Report on vaccination in the Province of Bengal - 1869-1873
Year: 1869
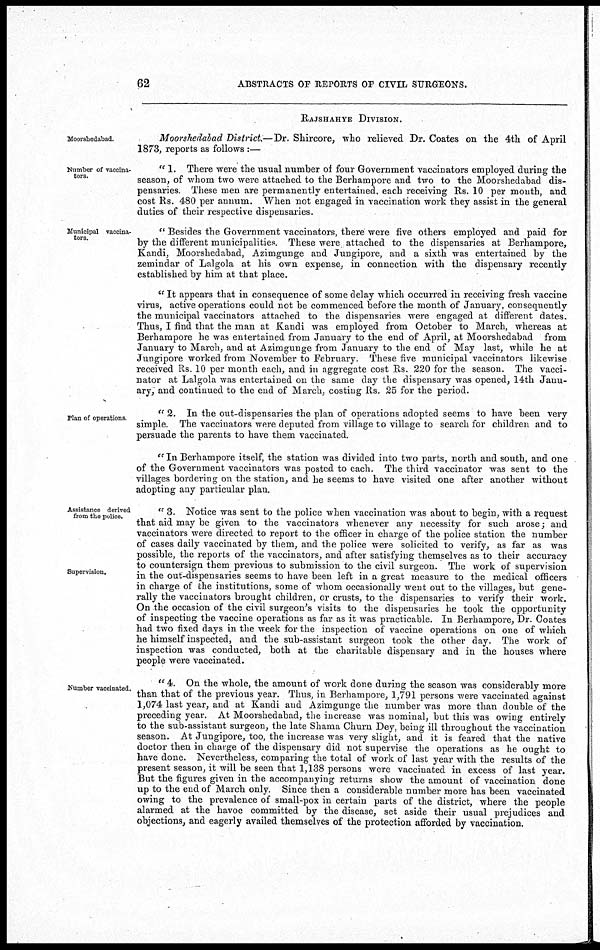
62
ABSTRACTS OF REPORTS OF CIVIL SURGEONS.
RAJSHAHYE DIVISION.
Moorshedabad.
Moorshedabad District.—Dr. Shircore, who relieved Dr. Coates on the 4th of April
1873, reports as follows :—
Number of vaccina-
tors.
" 1. There were the usual number of four Government vaccinators employed during the
season, of whom two were attached to the Berhampore and two to the Moorshedabad dis-
pensaries. These men are permanently entertained, each receiving Rs. 10 per month, and
cost Rs. 480 per annum. When not engaged in vaccination work they assist in the general
duties of their respective dispensaries.
Municipal vaccina-
tors.
" Besides the Government vaccinators, there were five others employed and paid for
by the different municipalities. These were attached to the dispensaries at Berhampore,
Kandi, Moorshedabad, Azimgunge and Jungipore, and a sixth was entertained by the
zemindar of Lalgola at his own expense, in connection with the dispensary recently
established by him at that place.
" It appears that in consequence of some delay which occurred in receiving fresh vaccine
virus, active operations could not be commenced before the month of January, consequently
the municipal vaccinators attached to the dispensaries were engaged at different dates.
Thus, I find that the man at Kandi was employed from October to March, whereas at
Berhampore he was entertained from January to the end of April, at Moorshedabad from
January to March, and at Azimgunge from January to the end of May last, while he at
Jungipore worked from November to February. These five municipal vaccinators likewise
received Rs. 10 per month each, and in aggregate cost Rs. 220 for the season. The vacci-
nator at Lalgola was entertained on the same day the dispensary was opened, 14th Janu-
ary, and continued to the end of March, costing Rs. 25 for the period.
Plan of operations
" 2. In the out-dispensaries the plan of operations adopted seems to have been very
simple. The vaccinators were deputed from village to village to search for children and to
persuade the parents to have them vaccinated.
" In Berhampore itself, the station was divided into two parts, north and south, and one
of the Government vaccinators was posted to each. The third vaccinator was sent to the
villages bordering on the station, and he seems to have visited one after another without
adopting any particular plan.
Assistance derived
from the police.
Supervision.
" 3. Notice was sent to the police when vaccination was about to begin, with a request
that aid may be given to the vaccinators whenever any necessity for such arose; and
vaccinators were directed to report to the officer in charge of the police station the number
of cases daily vaccinated by them, and the police were solicited to verify, as far as was
possible, the reports of the vaccinators, and after satisfying themselves as to their accuracy
to countersign them previous to submission to the civil surgeon. The work of supervision
in the out-dispensaries seems to have been left in a great measure to the medical officers
in charge of the institutions, some of whom occasionally went out to the villages, but gene-
rally the vaccinators brought children, or crusts, to the dispensaries to verify their work.
On the occasion of the civil surgeon's visits to the dispensaries he took the opportunity
of inspecting the vaccine operations as far as it was practicable. In Berhampore, Dr. Coates
had two fixed days in the week for the inspection of vaccine operations on one of which
he himself inspected, and the sub-assistant surgeon took the other day. The work of
inspection was conducted, both at the charitable dispensary and in the houses where
people were vaccinated.
Number vaccinated.
" 4. On the whole, the amount of work done during the season was considerably more
than that of the previous year. Thus, in Berhampore, 1,791 persons were vaccinated against
1,074 last year, and at Kandi and Azimgunge the number was more than double of the
preceding year. At Moorshedabad, the increase was nominal, but this was owing entirely
to the sub-assistant surgeon, the late Shama Churn Dey, being ill throughout the vaccination
season. At Jungipore, too, the increase was very slight, and it is feared that the native
doctor then in charge of the dispensary did not supervise the operations as he ought to
have done. Nevertheless, comparing the total of work of last year with the results of the
present season, it will be seen that 1,138 persons were vaccinated in excess of last year.
But the figures given in the accompanying returns show the amount of vaccination done
up to the end of March only. Since then a considerable number more has been vaccinated
owing to the prevalence of small-pox in certain parts of the district, where the people
alarmed at the havoc committed by the disease, set aside their usual prejudices and
objections, and eagerly availed themselves of the protection afforded by vaccination.